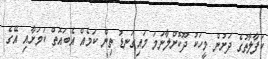
ކަފާލާތުގެ ދަށުން މީހަކު ދޫކޮށްލާނަމަ މައިގަނޑު ތިން ކަމެއް އެބައޮތް ކަމަށާއި އޭގެ